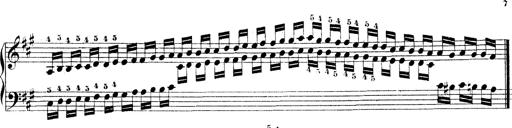
Title: Technische Studien
Composer: Franz Liszt